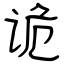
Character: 诡